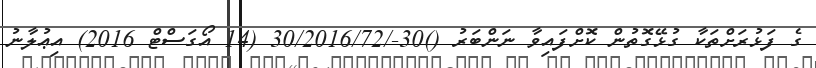
ގެ ފަޅުރަށްތަކާ ގުޅޭގޮތުން ކޮށްފައިވާ ނަންބަރު ()30-/30/2016/72 (14 އޯގަސްޓް 2016) އިޢުލާނު